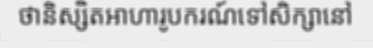
ថានិស្សិតអាហារូបករណ៍ទៅសិក្សានៅ